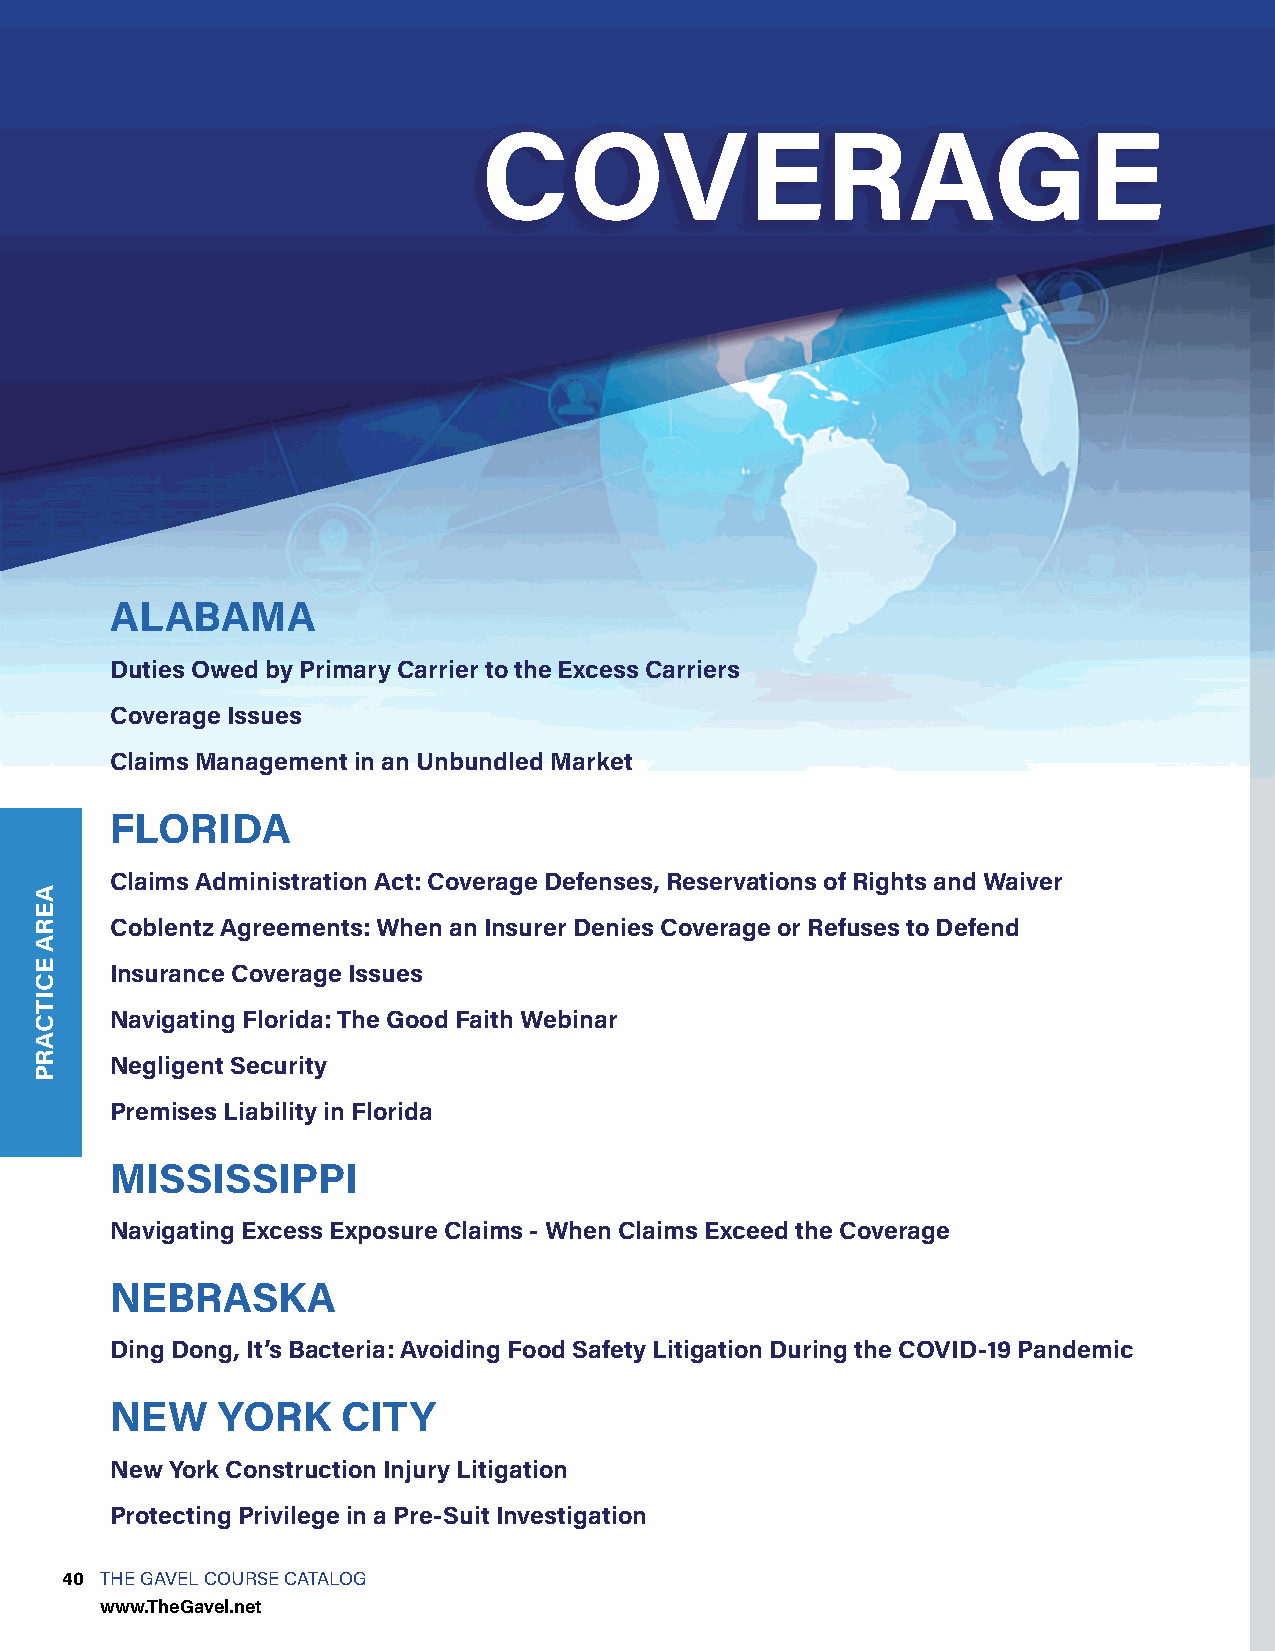
COVERAGE
 ALABAMA
 Duties Owed by Primary Carrier to the Excess Carriers
 Coverage Issues
 Claims Management in an Unbundled Market
 FLORIDA
 Claims Administration Act: Coverage Defenses, Reservations of Rights and Waiver
 Coblentz Agreements: When an Insurer Denies Coverage or Refuses to Defend
 Insurance Coverage Issues
 Navigating Florida: The Good Faith Webinar
 Negligent Security
 Premises Liability in Florida
 MISSISSIPPI
 Navigating Excess Exposure Claims - When Claims Exceed the Coverage
 NEBRASKA
 Ding Dong, It’s Bacteria: Avoiding Food Safety Litigation During the COVID-19 Pandemic
 NEW    YORK     CITY
 New York Construction Injury Litigation
 Protecting Privilege in a Pre-Suit Investigation
 40 THE GAVEL COURSE CATALOG
 www.TheGavel.net
 AERA
 ECITCARP